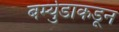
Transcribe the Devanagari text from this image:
बर्म्युडाकडून